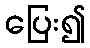
ပြေး၍